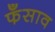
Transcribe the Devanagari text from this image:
फँसाव